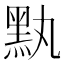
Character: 𪐟